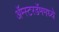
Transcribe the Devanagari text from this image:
ॲम्स्टरडॅममध्ये